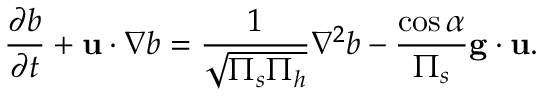
\frac { \partial b } { \partial t } + \mathbf { u } \cdot \nabla b = \frac { 1 } { \sqrt { \Pi _ { s } \Pi _ { h } } } \nabla ^ { 2 } b - \frac { \cos \alpha } { \Pi _ { s } } \mathbf { g } \cdot \mathbf { u } .